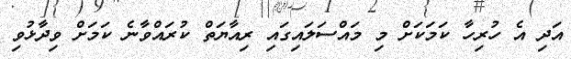
އަދި އެ ހުރިހާ ކަމަކަށް މި މައްސަލައިގައި ރިއާޔަތް ކުރައްވާނެ ކަމަށް ވިދާޅުވި